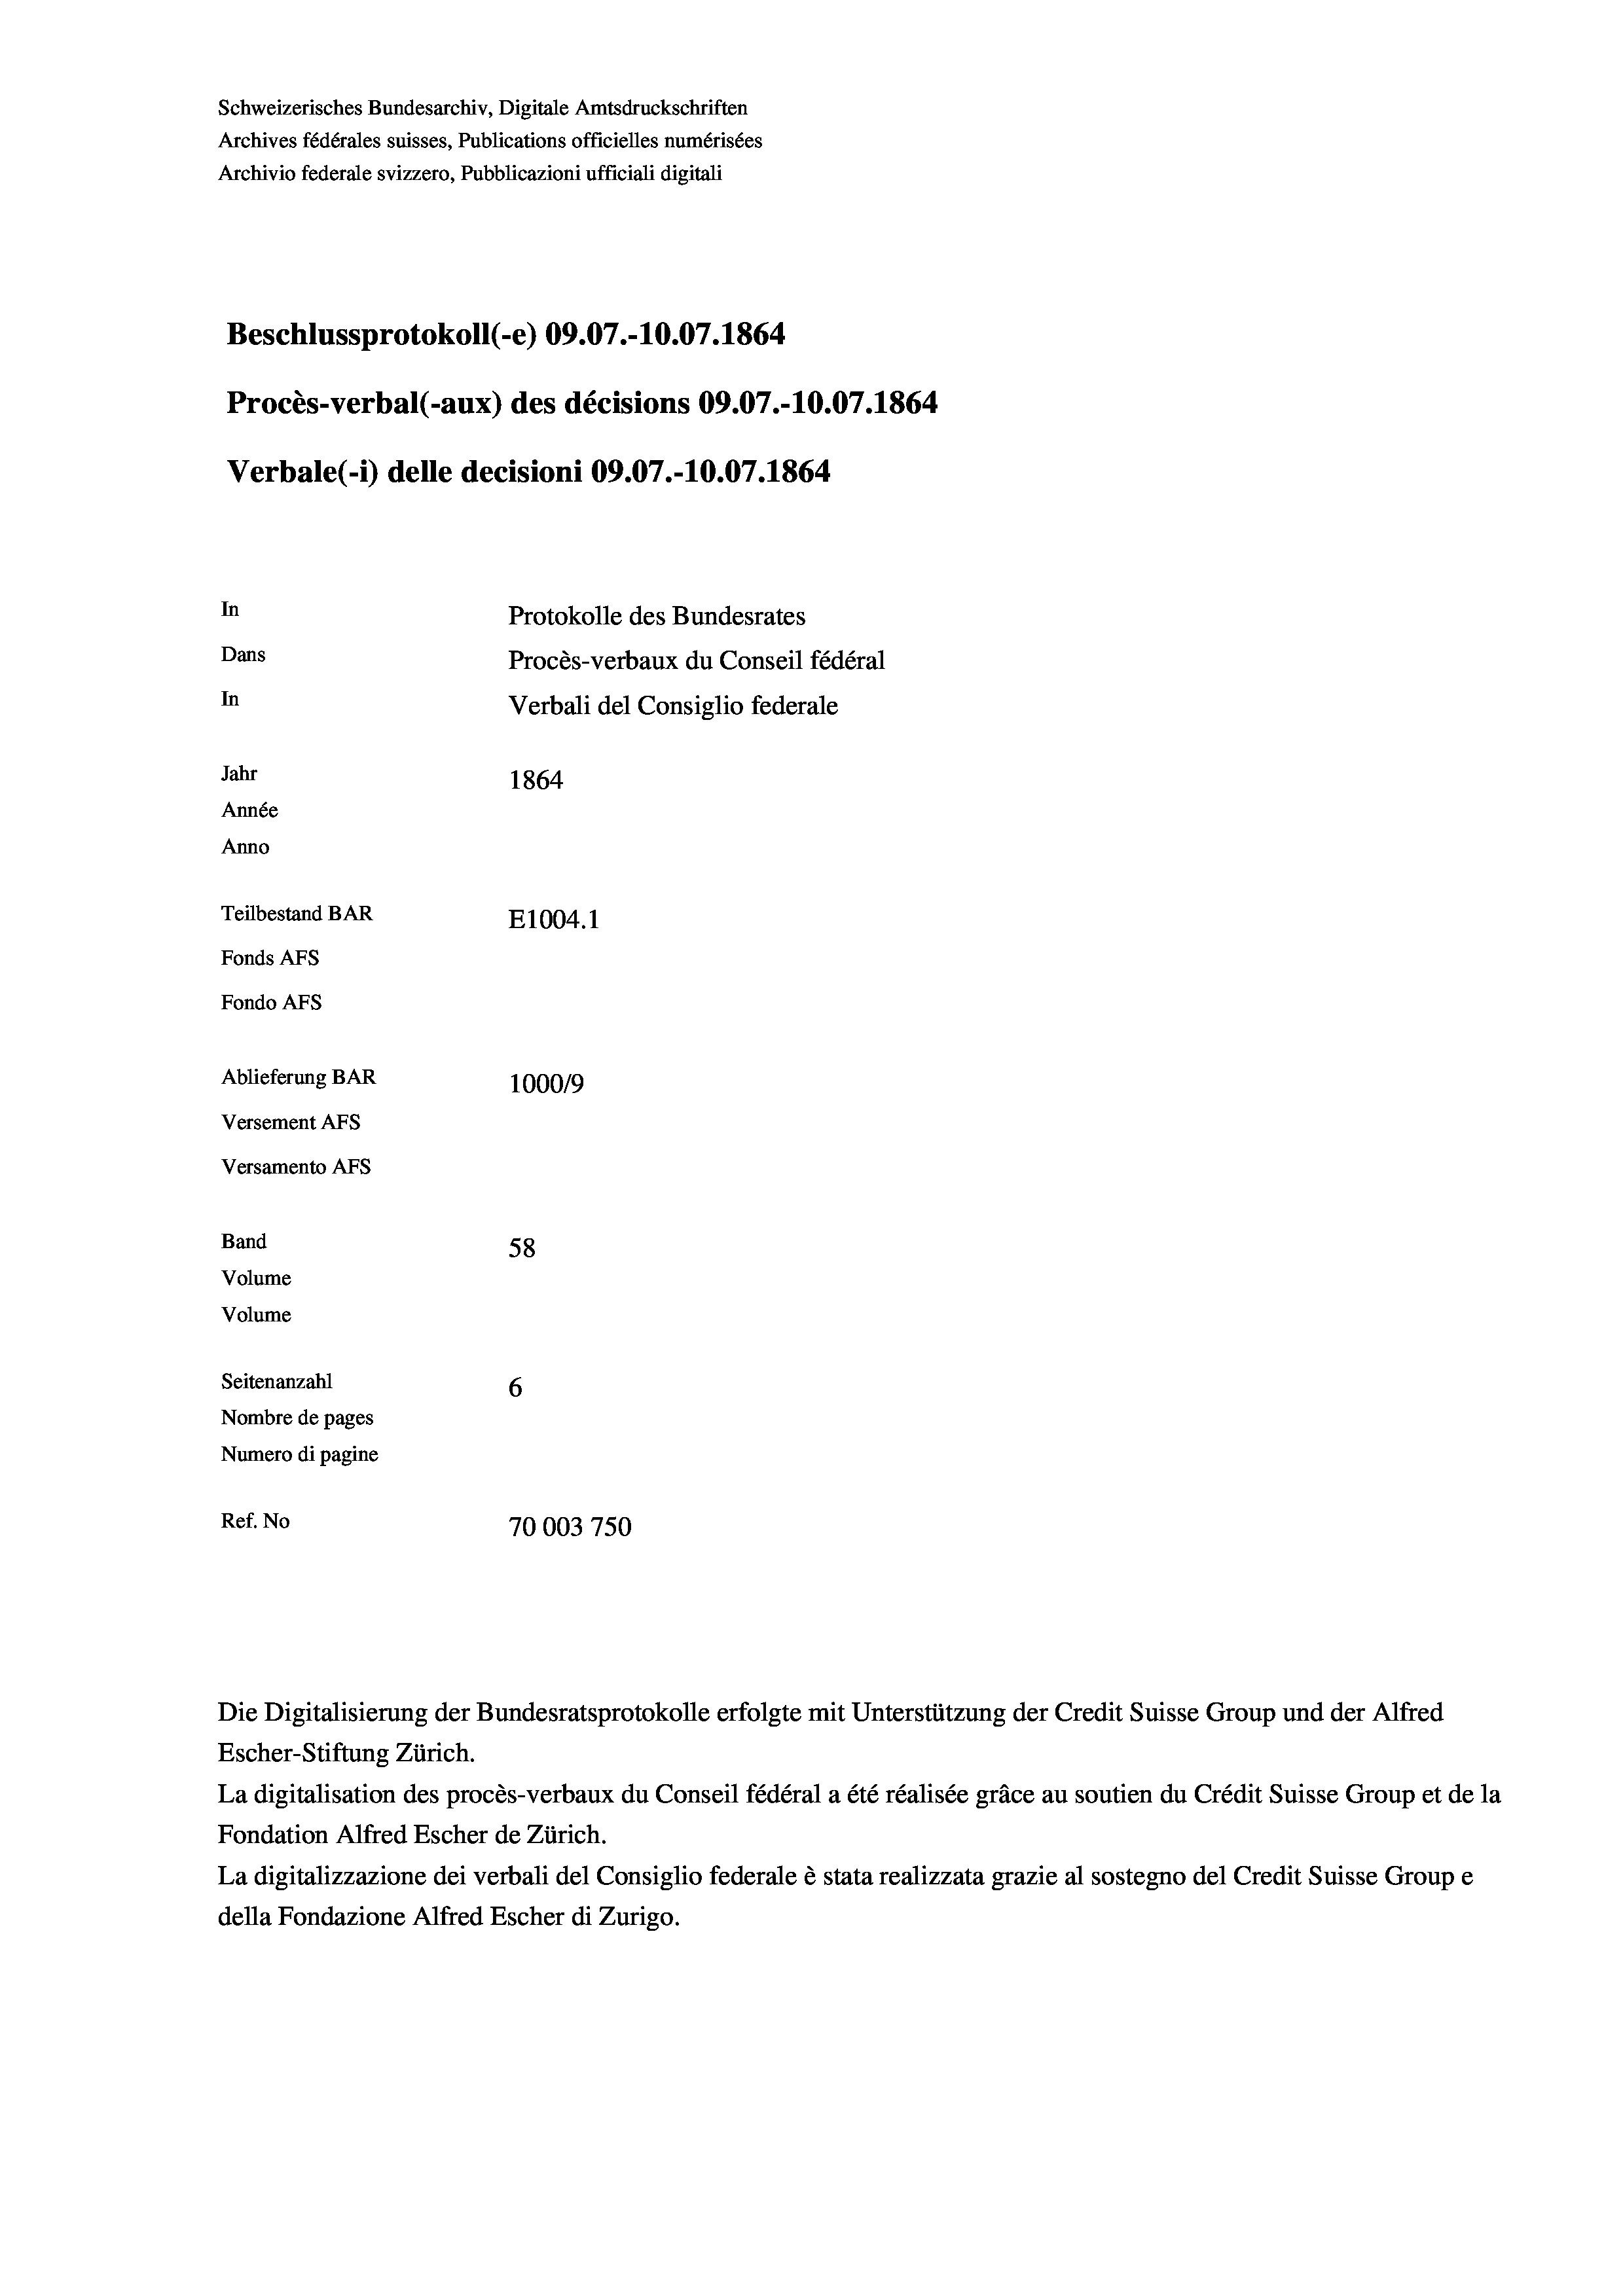
Schweizerisches Bundesarchiv, Digitale Amtsdruckschriften
Archives fédérales suisses, Publications officielles numérisées
Archivio federale svizzero, Pubblicazioni ufficiali digitali
Beschlussprotokoll (-e) 09.07.-10.07. 1864
Procès-verbal (-aux) des décisions 09.07.-10.07. 1864
Verbale (i) delle decisioni 09.07.-10.07. 1864
In
Protokolle des Bundesrates
Dans
Procès-verbaux du Conseil fédéral
In
Verbali del Consiglio federale
Jahr
1864
Année
Anno
Teilbestand BAR
E1004.1
Fonds AFs
Fondo AFS
Ablieferung BAR
100019
Versement AFs
Versamento Afs

Band
Volume

58
Volume
Seitenanzahl
6
Nombre de pages
Numero di pagine
Ref. No
70003750

Escher-Stiftung Zürich.
La digitalisation des procès-verbaux du Conseil fédéral a été réalisée gräce au soutien du Crédit Suisse Group et de la
Fondation Alfred Escher de Zürich.
La digitalizzazione dei verbali del Consiglio federale è stata realizzata grazie al sostegno del Credit Suisse Groupe
della Fondazione Alfred Escher di Zurigo.

Die Digitalisierung der Bundesratsprotokolle erfolgte mit Unterstützung der Credit Suisse Group und der Alfred